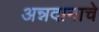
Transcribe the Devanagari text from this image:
अन्नदानाचे